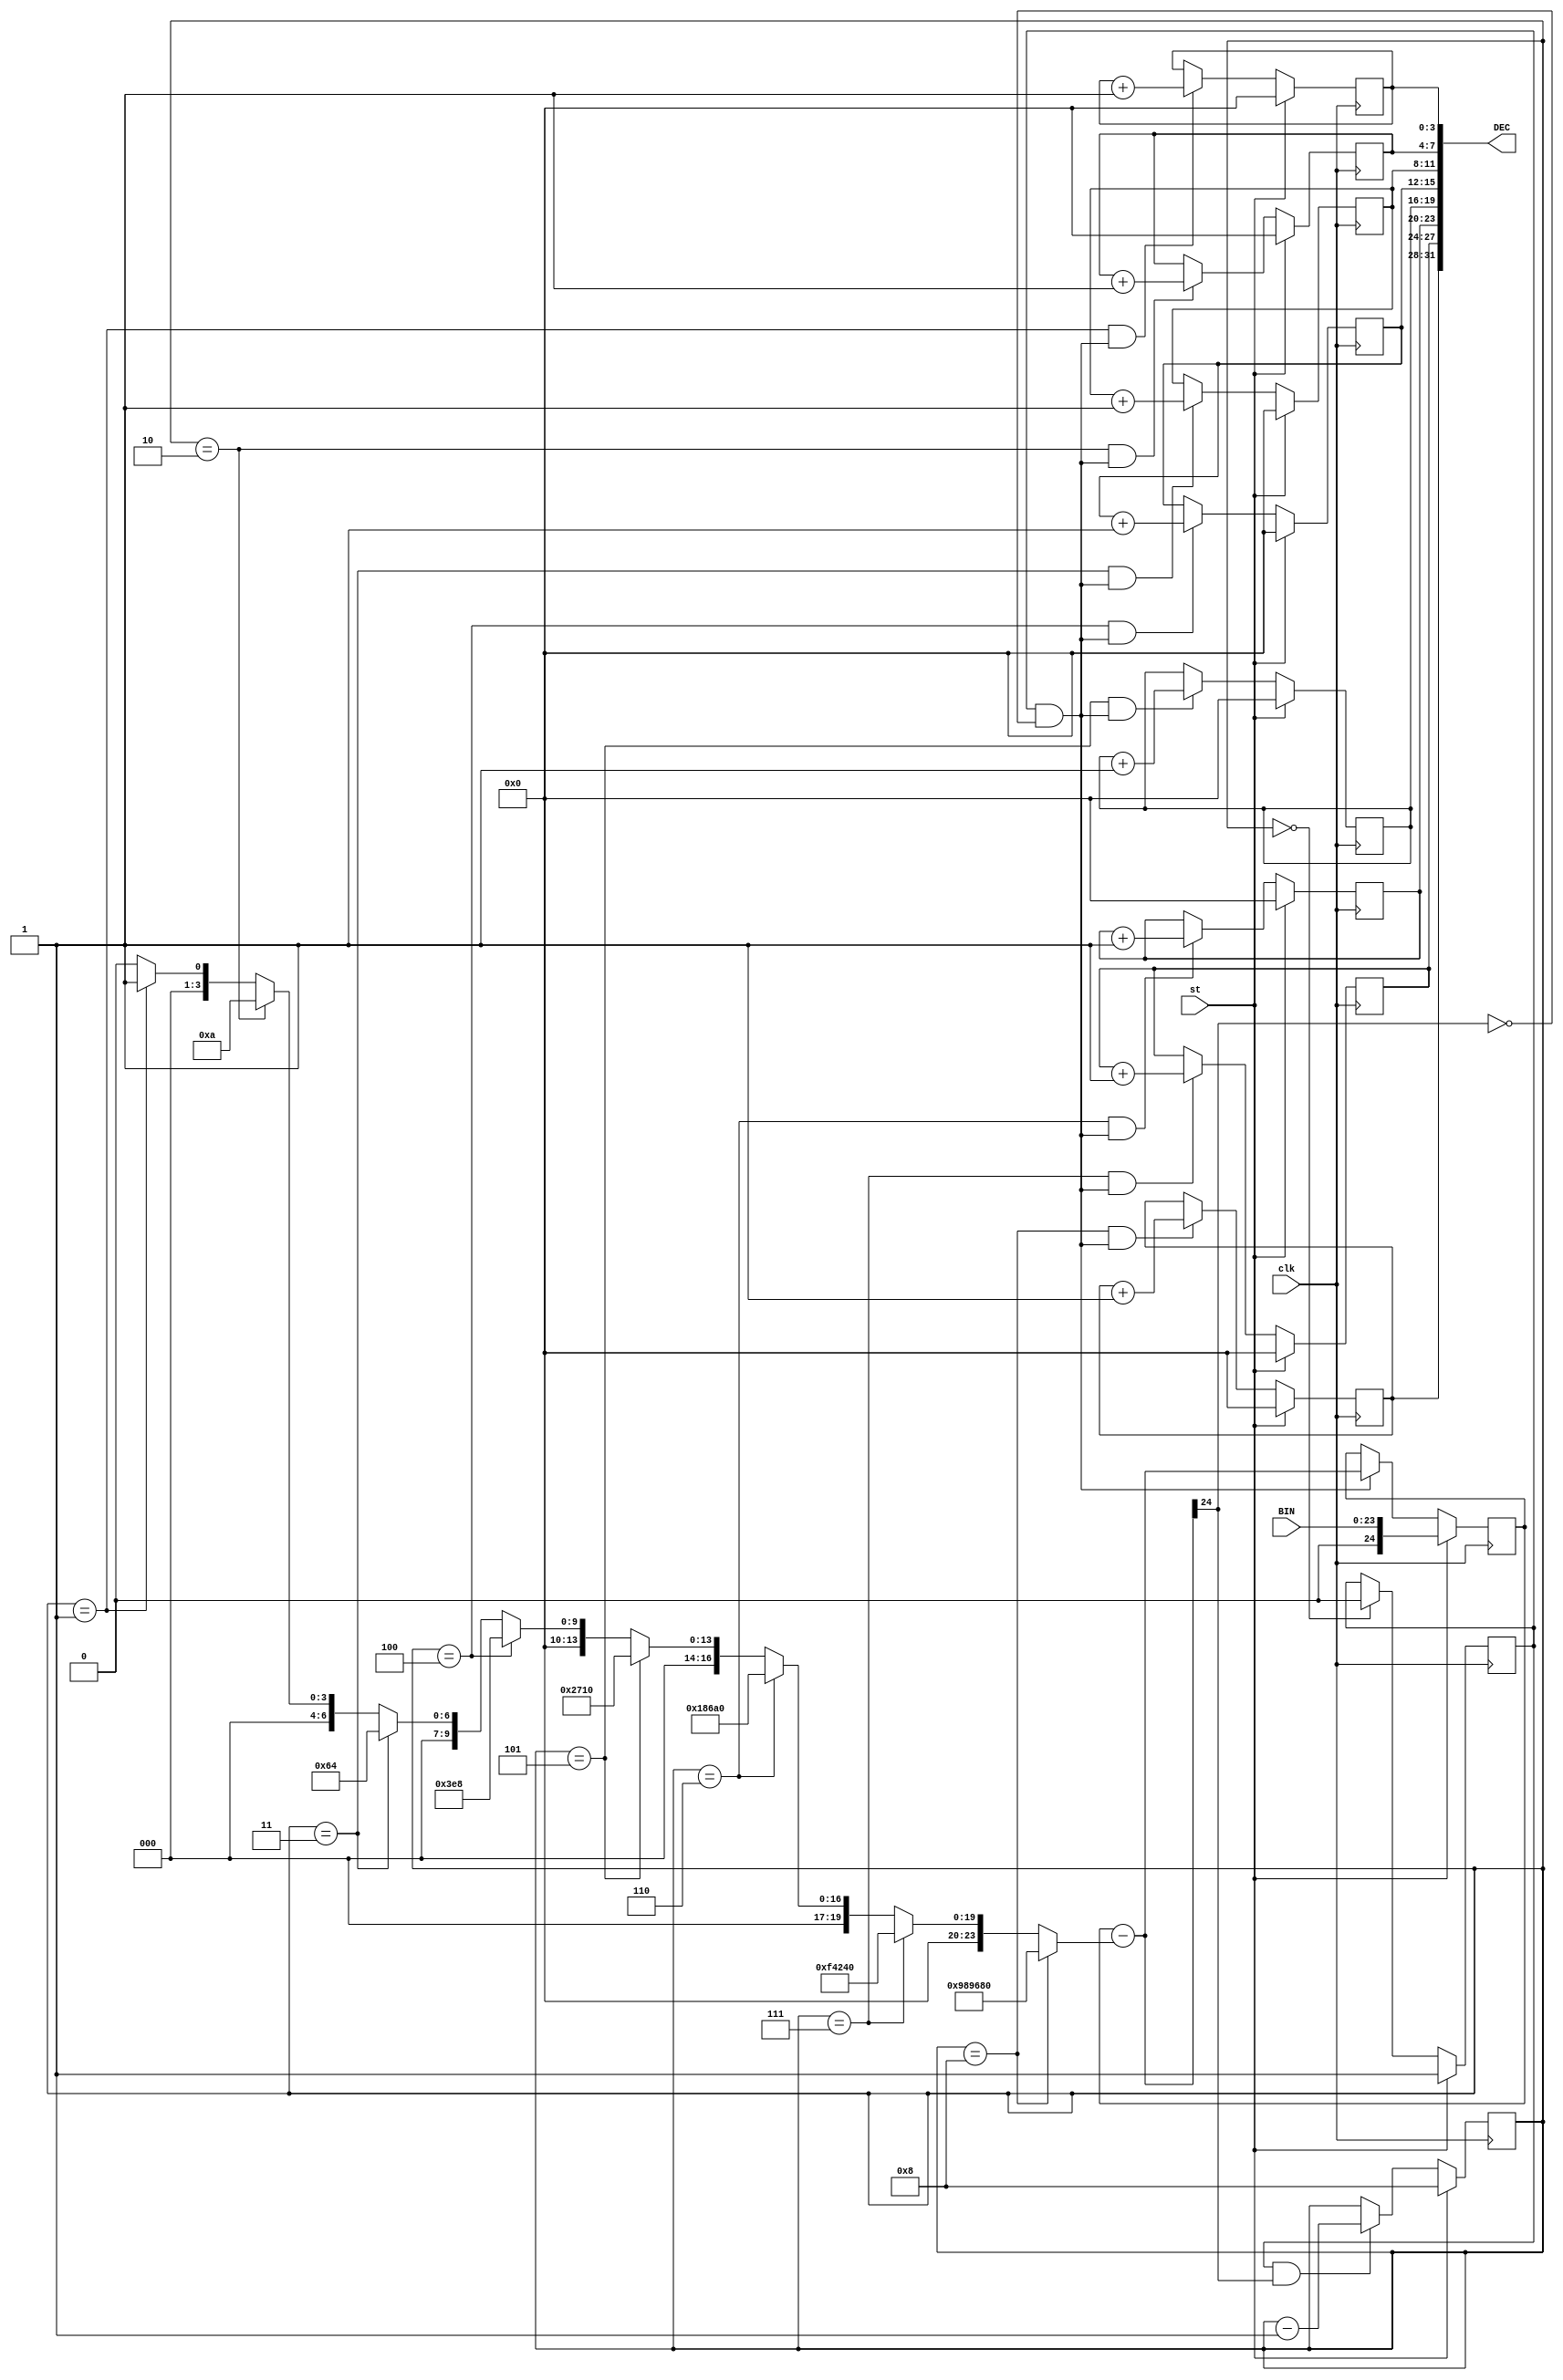
module BIN24_to_DEC8(input[23:0]BIN, output wire [31:0]DEC,
                     input clk,
                     input st );

  reg [3:0]ptr_dig=0; //   
  reg[3:0]D1dec=0; reg[3:0]D2dec=0; reg[3:0]D3dec=0; reg[3:0]D4dec=0;
  reg[3:0]D5dec=0; reg[3:0]D6dec=0; reg[3:0]D7dec=0; reg[3:0]D8dec=0;
  reg en_conv=0 ; //  
  reg [24:0]rest=0; //
  assign DEC= {D8dec, D7dec, D6dec, D5dec, D4dec, D3dec, D2dec, D1dec} ;
  //  
  wire d8 = (ptr_dig==8); wire d7 = (ptr_dig==7);
  wire d6 = (ptr_dig==6); wire d5 = (ptr_dig==5);
  wire d4 = (ptr_dig==4); wire d3 = (ptr_dig==3);
  wire d2 = (ptr_dig==2); wire d1 = (ptr_dig==1);
  //  
  wire[26:0]Nd = d8? 10000000 :
                 d7? 1000000 :
                 d6? 100000 :
                 d5? 10000 :
                 d4? 1000 :
                 d3? 100 :
                 d2? 10 :
                 d1? 1 : 0 ;

  wire [24:0]dx = rest-Nd ; //    di (i=8,7,6,5,4,3,2,1)
  wire z = dx[24] ; //  
  wire en_inc_dig = en_conv & !z ; //   
  wire en_dec_ptr = en_conv & z ; //   

  always @(posedge clk) begin
    en_conv <= st? 1 : (ptr_dig==0)? 0 : en_conv ; // 
    rest <= st? BIN : en_inc_dig? dx : rest ; //
    ptr_dig <= st? 8: en_dec_ptr? ptr_dig-1 : ptr_dig ; /*   */
    D8dec <= st? 0 : (d8 & en_inc_dig)? D8dec+1 : D8dec ;
    D7dec <= st? 0 : (d7 & en_inc_dig)? D7dec+1 : D7dec ;
    D6dec <= st? 0 : (d6 & en_inc_dig)? D6dec+1 : D6dec ;
    D5dec <= st? 0 : (d5 & en_inc_dig)? D5dec+1 : D5dec ;
    D4dec <= st? 0 : (d4 & en_inc_dig)? D4dec+1 : D4dec ;
    D3dec <= st? 0 : (d3 & en_inc_dig)? D3dec+1 : D3dec ;
    D2dec <= st? 0 : (d2 & en_inc_dig)? D2dec+1 : D2dec ;
    D1dec <= st? 0 : (d1 & en_inc_dig)? D1dec+1 : D1dec ;
  end
endmodule